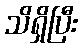
သိရှိပြီး